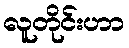
လူတိုင်းဟာ